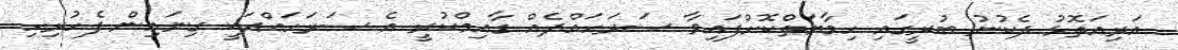
އަރިއަތޮޅު ދެކުނު ބުރީގައި ހިމާޔަތްކޮށްފައިވާ ސަރަހައްދެއް ގާއިމްކުރީ އެ ސަރަހައްދަކީ ގިނައިން ފެހުރިހި